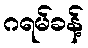
ဂရမ်ခန့်